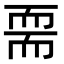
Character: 𦓔